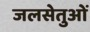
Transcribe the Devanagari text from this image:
जलसेतुओं